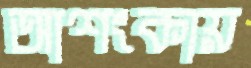
আশংকায়